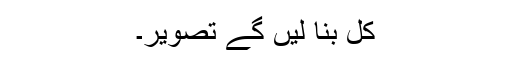
کل بنا لیں گے تصویر۔